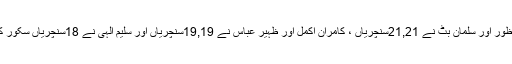
خرم منظور اور سلمان بٹ نے 21,21سنچریاں ، کامران اکمل اور ظہیر عباس نے 19,19سنچریاں اور سلیم الٰہی نے 18سنچریاں سکور کی ہیں ۔